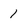
Character: 1